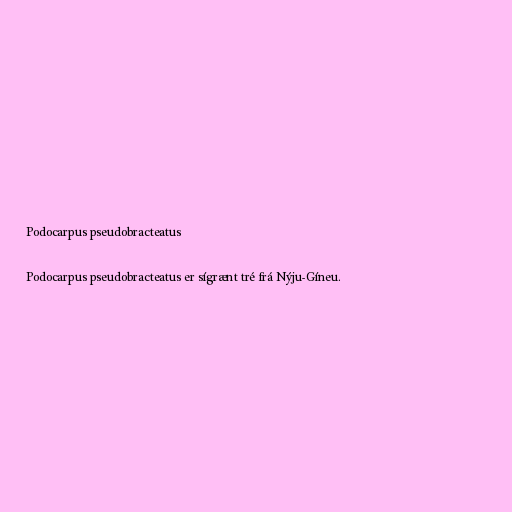
Podocarpus pseudobracteatus

Podocarpus pseudobracteatus er sígrænt tré frá Nýju-Gíneu.